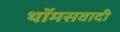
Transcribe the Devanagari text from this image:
थॉमसवादी